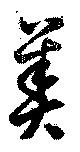
美